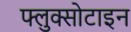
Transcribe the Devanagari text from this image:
फ्लुक्सोटाइन